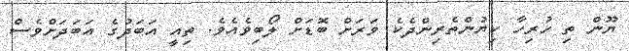
ޔޫން ތި ހުރިހާ ކިޔުންތެރިންދެކެ ވަރަށް ބޮޑަށް ލޯބިވެއެވެ. ތިއީ އަބަދުގެ އަބަދަށްވެސް